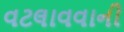
વટલાવવાની